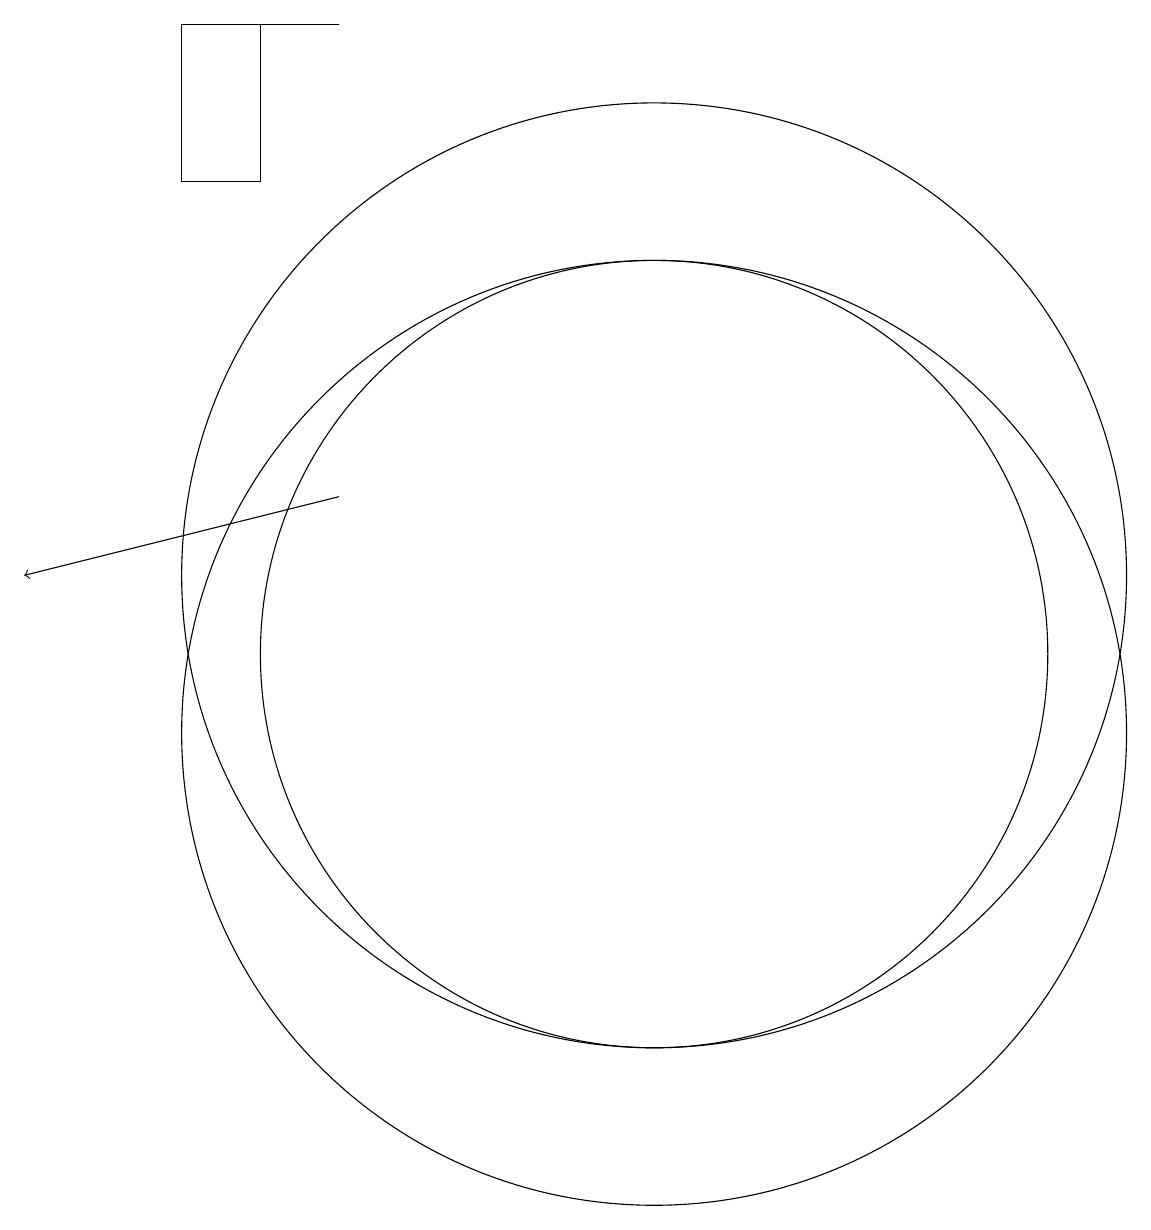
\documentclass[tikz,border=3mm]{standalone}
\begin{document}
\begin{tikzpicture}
\draw (10,12) circle (6);
\draw (10,10) circle (6);
\draw (10,11) circle (5);
\draw[->] (6,13) -- (2,12);
\draw (5,19) rectangle (6,19);
\draw (4,19) rectangle (5,17);
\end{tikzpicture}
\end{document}